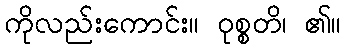
ကိုလည်းကောင်း။ ဝုစ္စတိ၊ ၏။